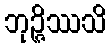
ဘုဉ္ဇိဿသိ